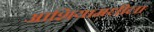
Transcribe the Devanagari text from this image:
आशियामधीला